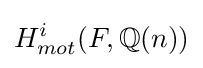
H_{mot}^{i}(F,\mathbb {Q} (n))